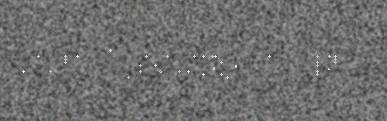
leat åasanuvvon